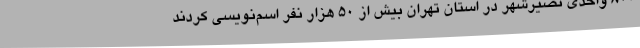
۸۰۰ واحدی نصیرشهر در استان تهران بیش از ۵۰ هزار نفر اسم‌نویسی کردند